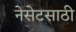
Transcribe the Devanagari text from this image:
नेसेटसाठी